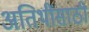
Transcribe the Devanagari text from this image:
अतिथींसाठी